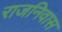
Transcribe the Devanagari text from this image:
राजनिवास